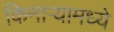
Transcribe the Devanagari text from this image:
किनाऱ्यामध्ये